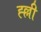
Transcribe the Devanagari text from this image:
ह्ल्ली